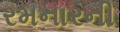
રમનારની